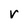
Character: r